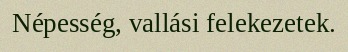
Népesség, vallási felekezetek.